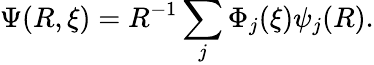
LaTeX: \Psi(R,\xi)=R^{-1}\sum_{j}\Phi_{j}(\xi)\psi_{j}(R).